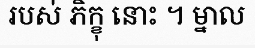
របស់ ភិក្ខុ នោះ ។ ម្នាល